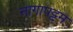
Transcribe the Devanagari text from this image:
नागापट्टम